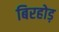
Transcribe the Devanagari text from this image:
बिरहोड़